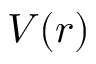
V ( r )